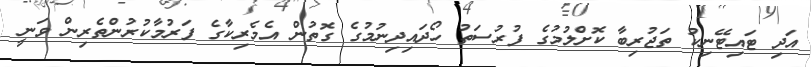
އަދި ޓައިޓޭނިކު ތަޖުރިބާ ކޮށްލުމުގެ ފުރުސަތު ހޯދައިދިނުމުގެ ގޮތުން އެމެރިކާގެ ފަރުމާކުރުންތެރިން ވަނީ